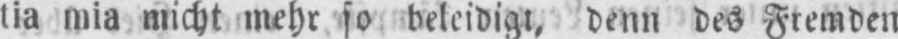
tia mia nicht mehr so beleidigt, denn des Fremden